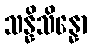
သန္နိသိန္နော